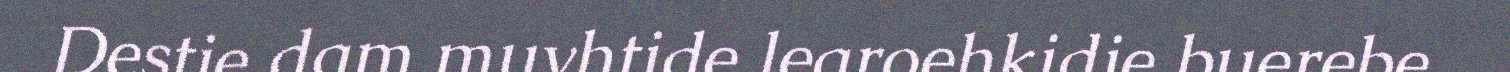
Destie dam muvhtide learoehkidie buerebe